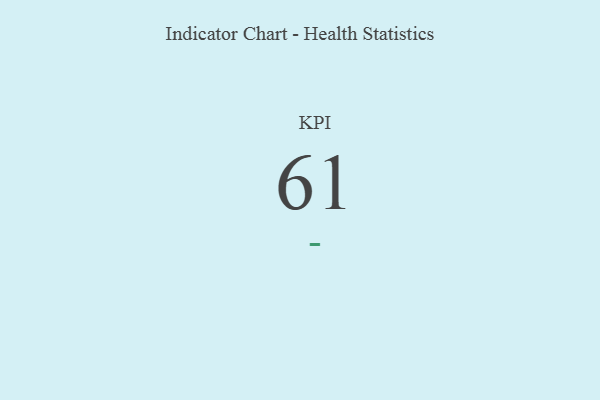
{"axis": {"x": "KPI", "y": "Value"}, "legend": [""], "data": [{"x": "KPI", "y": 61, "type": ""}]}